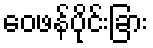
ဝေဖန်ပိုင်းခြား